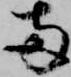
両